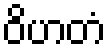
ဝိဟတံ